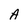
Character: A